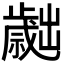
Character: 𣦬